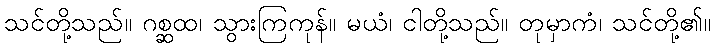
သင်တို့သည်။ ဂစ္ဆထ၊ သွားကြကုန်။ မယံ၊ ငါတို့သည်။ တုမှာကံ၊ သင်တို့၏။